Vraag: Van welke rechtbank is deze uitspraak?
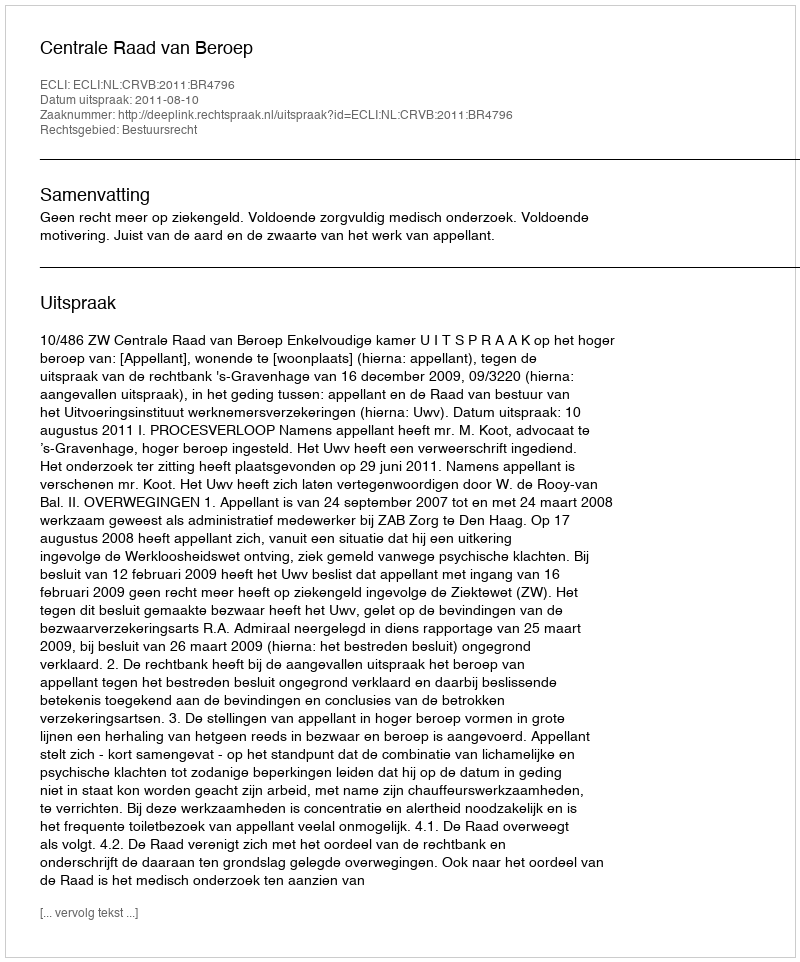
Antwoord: Centrale Raad van Beroep